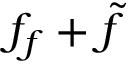
f _ { f } + \tilde { f }